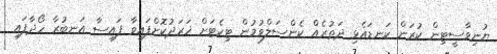
ޔުނިވާސީޓިން ކުރަން ކަނޑައެޅި ދަތުރެއް ކެންސަލްވުމުން ޓިކެޓަށް ޚަރަދުކޮށްފައިވާ ފައިސާ އަނބުރާ ހޯދާފައި